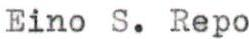
Eino S. Repo